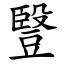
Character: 䝂